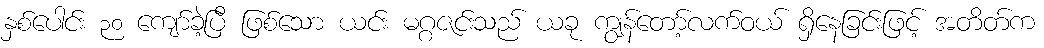
နှစ်ပေါင်း ၃၀ ကျော်ခဲ့ပြီ ဖြစ်သော ယင်း မဂ္ဂဇင်းသည် ယခု ကျွန်တော့်လက်ဝယ် ရှိနေခြင်းဖြင့် အတိတ်က